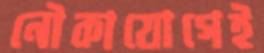
নৌকাযোগেই